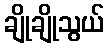
ချိုချိုသွယ်